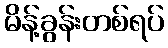
မိန့်ခွန်းတစ်ရပ်